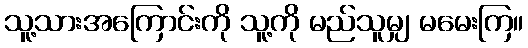
သူ့သားအကြောင်းကို သူ့ကို မည်သူမျှ မမေးကြ။